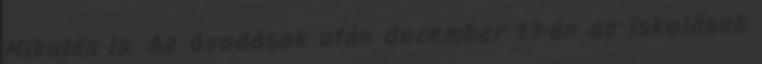
Mikulás is. Az óvodások után december 13-án az iskolások